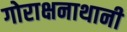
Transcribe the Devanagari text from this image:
गोराक्षनाथानी